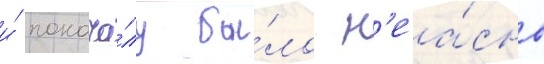
и́ понача́лу бы́ло н'еа́сно